Scottish Certificate of Education, 1963
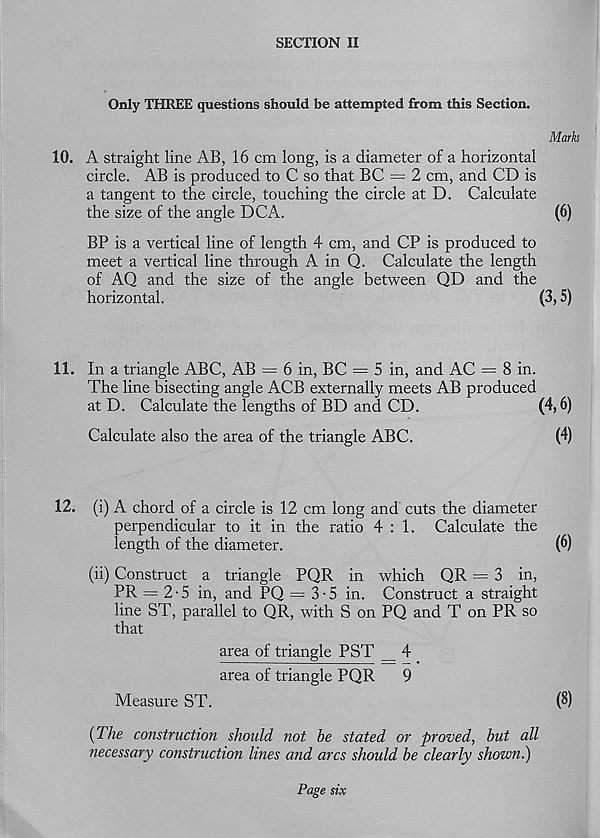
SECTION II
Only THREE questions should be attempted from this Section.
Marks
10. A straight line AB, 16 cm long, is a diameter of a horizontal
circle. AB is produced to C so that BC = 2 cm, and CD is
a tangent to the circle, touching the circle at D. Calculate
the size of the angle DCA.
(6)
BP is a vertical line of length 4 cm, and CP is produced to
meet a vertical line through A in Q. Calculate the length
of AQ and the size of the angle between QD and the
horizontal.
(3,5)
11. In a triangle ABC, AB = 6 in, BC = 5 in, and AC = 8 in.
The line bisecting angle ACB externally meets AB produced
at D. Calculate the lengths of BD and CD.
(4,6)
Calculate also the area of the triangle ABC.
(4)
12. (i) A chord of a circle is 12 cm long and cuts the diameter
perpendicular to it in the ratio 4:1. Calculate the
length of the diameter.
(6)
(ii) Construct a triangle PQR in which QR = 3 in,
PR = 2-5 in, and PQ = 3-5 in. Construct a straight
line ST, parallel to QR, with S on PQ and T on PR so
that
area of triangle PST __ 4
area of triangle PQR
9
Measure ST.
(8)
(The construction should not be stated or proved, but all
necessary construction lines and arcs should be clearly shown.)
Page six